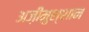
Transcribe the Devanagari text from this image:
अज़ीमुश्शान